Indian journal of veterinary science and animal husbandry - Volume 8,
Year: 1938
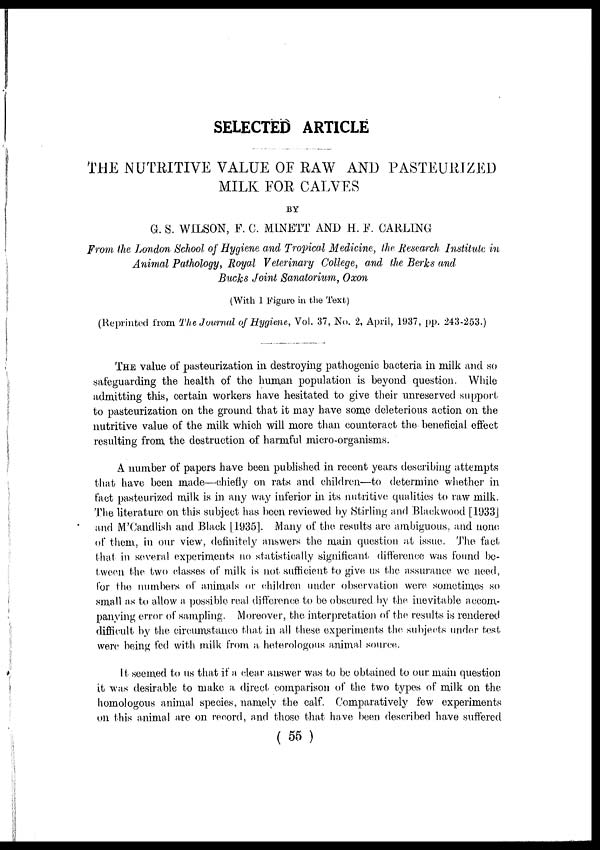
SELECTED ARTICLE
THE NUTRITIVE VALUE OF RAW AND PASTEURIZED
MILK FOR CALVES
BY
G. S. WILSON, F. C. MINETT AND H. F. CARLING
From the London School of Hygiene and Tropical Medicine, the Research Institute in
Animal Pathology, Royal Veterinary College, and the Berks and
Bucks Joint Sanatorium, Oxon
(With 1 Figure in the Text)
(Reprinted from The Journal of Hygiene, Vol. 37, No. 2, April, 1937, pp. 243-253.)
THE value of pasteurization in destroying pathogenic bacteria in milk and so
safeguarding the health of the human population is beyond question. While
admitting this, certain workers have hesitated to give their unreserved support
to pasteurization on the ground that it may have some deleterious action on the
nutritive value of the milk which will more than counteract the beneficial effect
resulting from the destruction of harmful micro-organisms.
A number of papers have been published in recent years describing attempts
that have been made—chiefly on rats and children—to determine whether in
fact pasteurized milk is in any way inferior in its nutritive qualities to raw milk.
The literature on this subject has been reviewed by Stirling and Blackwood [1933]
and M'Candlish and Black [1935]. Many of the results are ambiguous, and none
of them, in our view, definitely answers the main question at issue. The fact
that in several experiments no statistically significant difference was found be-
tween the two classes of milk is not sufficient to give us the assurance we need,
for the numbers of animals or children under observation were sometimes so
small as to allow a possible real difference to be obscured by the inevitable accom-
panying error of sampling. Moreover, the interpretation of the results is rendered
difficult by the circumstance that in all these experiments the subjects under test
were being fed with milk from a heterologous animal source.
It seemed to us that if a clear answer was to be obtained to our main question
it was desirable to make a direct comparison of the two types of milk on the
homologous animal species, namely the calf. Comparatively few experiments
on this animal are on record, and those that have been described have suffered
( 55 )